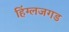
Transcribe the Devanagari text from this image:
हिंग्लजगड